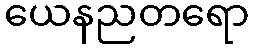
ယေနညတရော